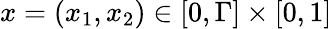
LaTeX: x=\left(\begin{array}{l}{x_{1},x_{2}}\end{array}\right)\in[0,\Gamma]\times[0,1]